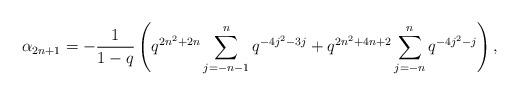
LaTeX: \begin{align*} \alpha_{2n+1} = -\frac{1}{1-q}\left(q^{2n^2+2n}\sum_{j=-n-1}^{n}q^{-4j^2-3j} + q^{2n^2+4n+2}\sum_{j=-n}^{n}q^{-4j^2-j}\right),\end{align*}